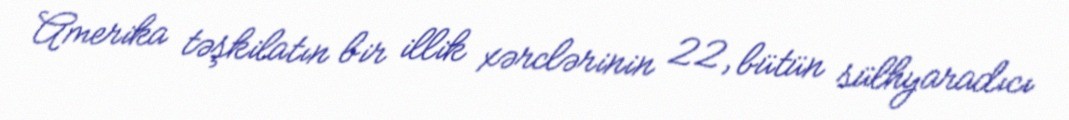
Amerika təşkilatın bir illik xərclərinin 22, bütün sülhyaradıcı